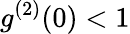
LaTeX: g^{(2)}(0)<1